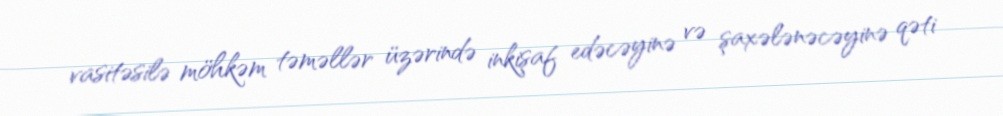
vasitəsilə möhkəm təməllər üzərində inkişaf edəcəyinə və şaxələnəcəyinə qəti